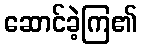
ဆောင်ခဲ့ကြ၏